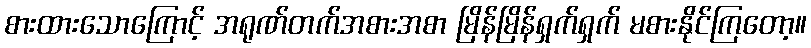
စားထားသောကြောင့် အရုဏ်တက်အစားအစာ မြိန်မြိန်ရှက်ရှက် မစားနိုင်ကြတော့။